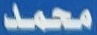
محمد